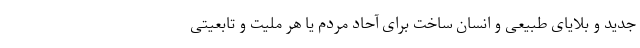
جدید و بلایای طبیعی و انسان ساخت برای آحاد مردم یا هر ملیت و تابعیتی